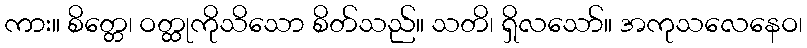
ကား။ စိတ္တေ၊ ဝတ္ထုကိုသိသော စိတ်သည်။ သတိ၊ ရှိလသော်။ အကုသလေနေဝ၊